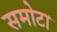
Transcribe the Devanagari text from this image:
समोटा